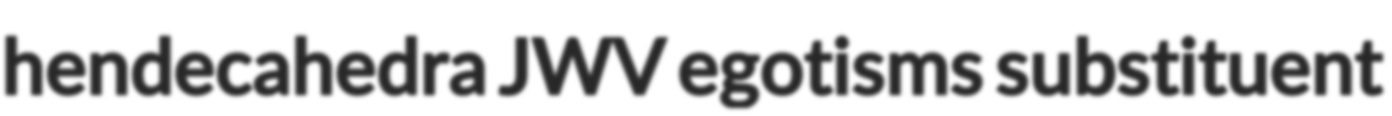
hendecahedra JWV egotisms substituent